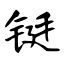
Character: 铤